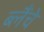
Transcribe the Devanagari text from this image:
ब्लैंचे